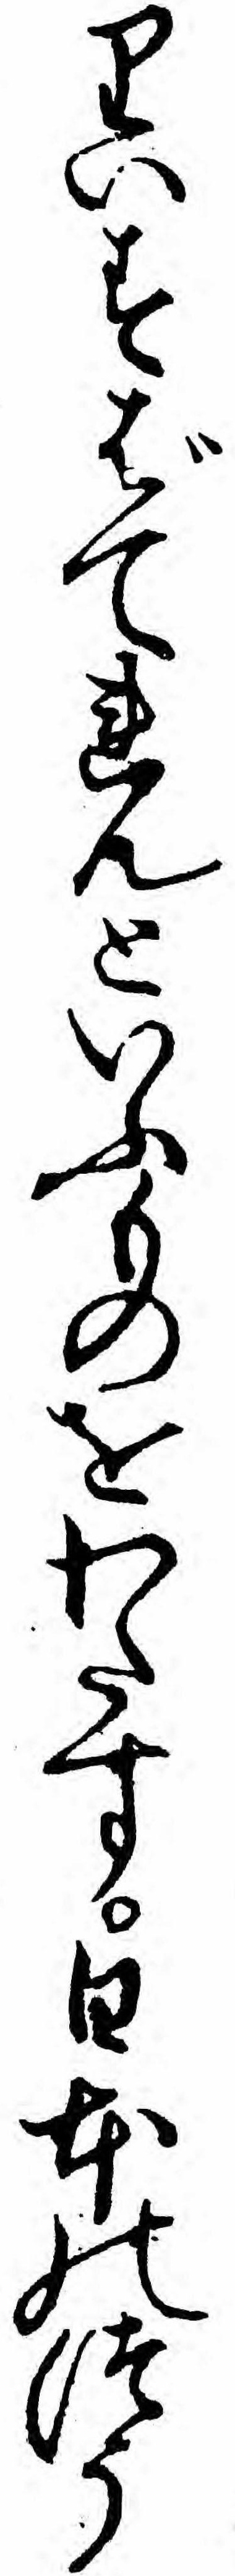
りいすばてれんといふものをわたす日本のつう